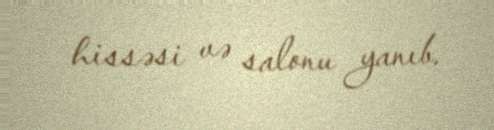
hissəsi və salonu yanıb.